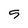
Character: 5